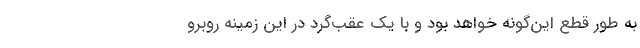
به طور قطع این‌گونه خواهد بود و با یک عقب‌گرد در این زمینه روبرو